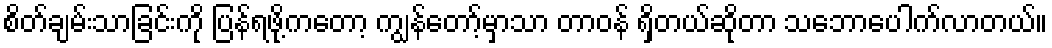
စိတ်ချမ်းသာခြင်းကို ပြန်ရဖို့ကတော့ ကျွန်တော့်မှာသာ တာဝန် ရှိတယ်ဆိုတာ သဘောပေါက်လာတယ်။